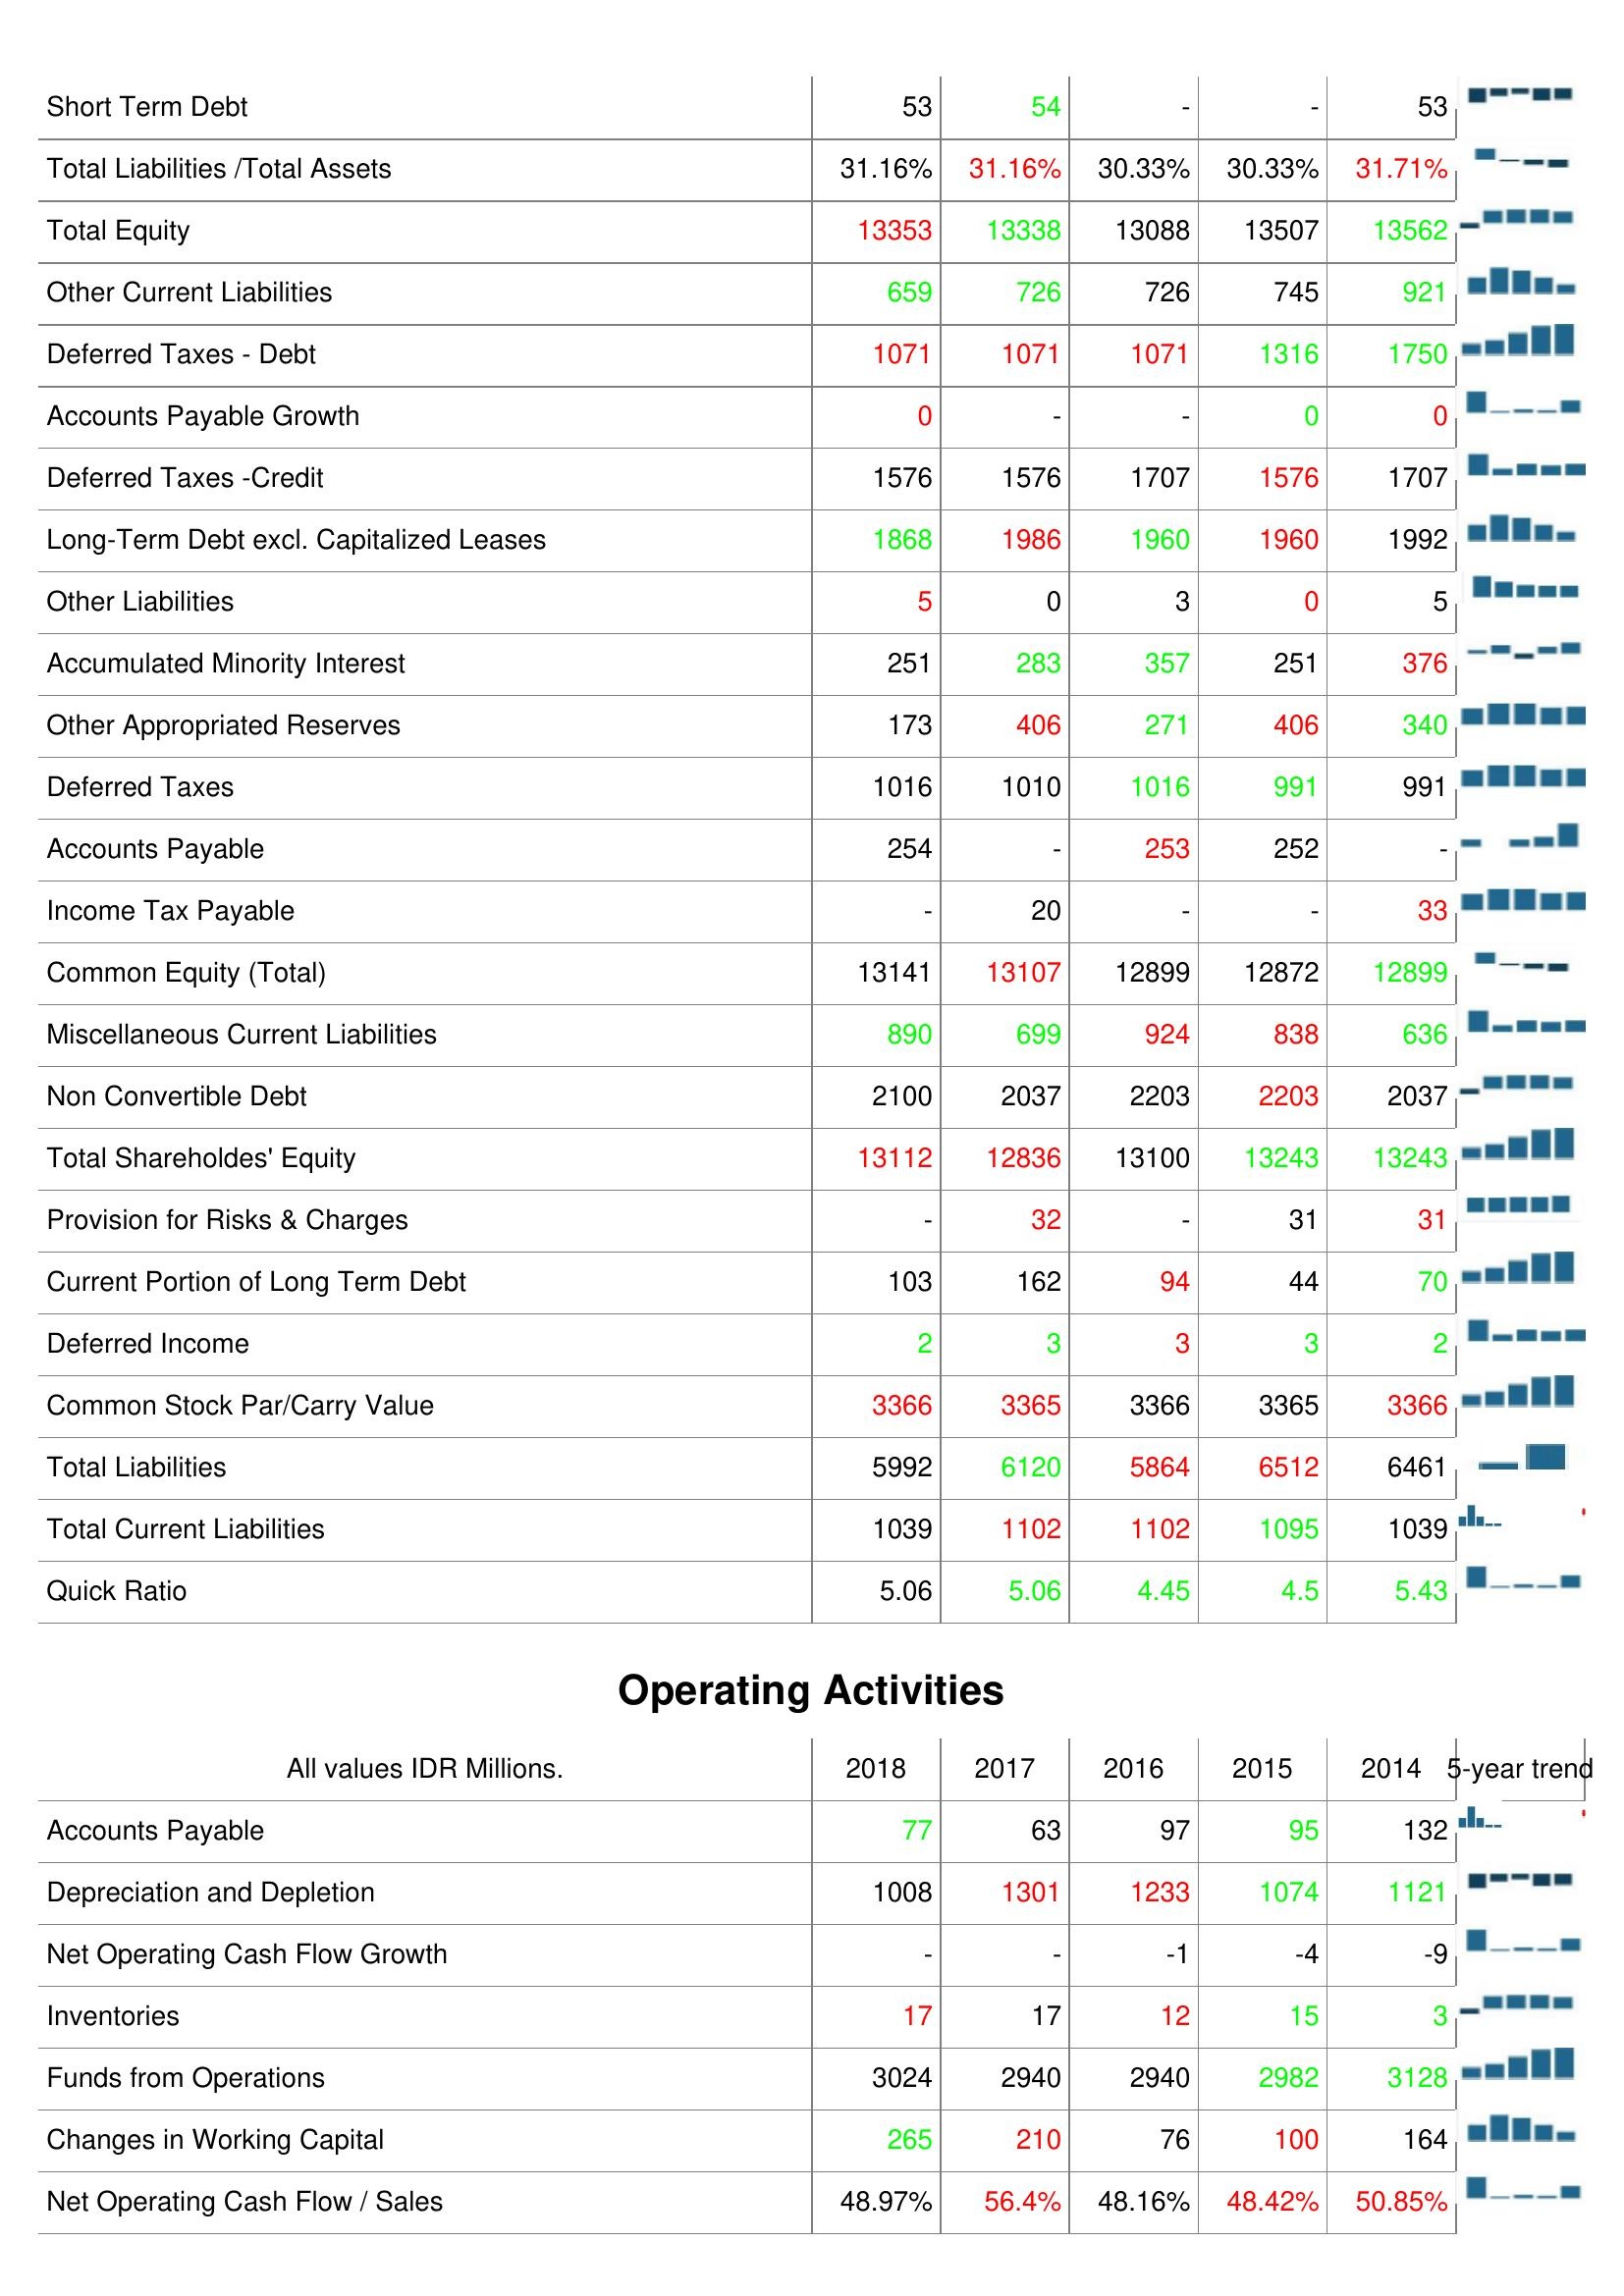
2018: Liabilities & Shareholder's Equity: Short Term Debt: 53
Total Liabilities /Total Assets: 31.16%
Total Equity: 13353
Other Current Liabilities: 659
Deferred Taxes - Debt: 1071
Accounts Payable Growth: 0
Deferred Taxes -Credit: 1576
Long-Term Debt excl. Capitalized Leases: 1868
Other Liabilities: 5
Accumulated Minority Interest: 251
Other Appropriated Reserves: 173
Deferred Taxes: 1016
Accounts Payable: 254
Income Tax Payable: -
Common Equity (Total): 13141
Miscellaneous Current Liabilities: 890
Non Convertible Debt: 2100
Total Shareholdes' Equity: 13112
Provision for Risks & Charges: -
Current Portion of Long Term Debt: 103
Deferred Income: 2
Common Stock Par/Carry Value: 3366
Total Liabilities: 5992
Total Current Liabilities: 1039
Quick Ratio: 5.06
Operating Activities: Accounts Payable: 77
Depreciation and Depletion: 1008
Net Operating Cash Flow Growth: -
Inventories: 17
Funds from Operations: 3024
Changes in Working Capital: 265
Net Operating Cash Flow / Sales: 48.97%
2017: Liabilities & Shareholder's Equity: Short Term Debt: 54
Total Liabilities /Total Assets: 31.16%
Total Equity: 13338
Other Current Liabilities: 726
Deferred Taxes - Debt: 1071
Accounts Payable Growth: -
Deferred Taxes -Credit: 1576
Long-Term Debt excl. Capitalized Leases: 1986
Other Liabilities: 0
Accumulated Minority Interest: 283
Other Appropriated Reserves: 406
Deferred Taxes: 1010
Accounts Payable: -
Income Tax Payable: 20
Common Equity (Total): 13107
Miscellaneous Current Liabilities: 699
Non Convertible Debt: 2037
Total Shareholdes' Equity: 12836
Provision for Risks & Charges: 32
Current Portion of Long Term Debt: 162
Deferred Income: 3
Common Stock Par/Carry Value: 3365
Total Liabilities: 6120
Total Current Liabilities: 1102
Quick Ratio: 5.06
Operating Activities: Accounts Payable: 63
Depreciation and Depletion: 1301
Net Operating Cash Flow Growth: -
Inventories: 17
Funds from Operations: 2940
Changes in Working Capital: 210
Net Operating Cash Flow / Sales: 56.4%
2016: Liabilities & Shareholder's Equity: Short Term Debt: -
Total Liabilities /Total Assets: 30.33%
Total Equity: 13088
Other Current Liabilities: 726
Deferred Taxes - Debt: 1071
Accounts Payable Growth: -
Deferred Taxes -Credit: 1707
Long-Term Debt excl. Capitalized Leases: 1960
Other Liabilities: 3
Accumulated Minority Interest: 357
Other Appropriated Reserves: 271
Deferred Taxes: 1016
Accounts Payable: 253
Income Tax Payable: -
Common Equity (Total): 12899
Miscellaneous Current Liabilities: 924
Non Convertible Debt: 2203
Total Shareholdes' Equity: 13100
Provision for Risks & Charges: -
Current Portion of Long Term Debt: 94
Deferred Income: 3
Common Stock Par/Carry Value: 3366
Total Liabilities: 5864
Total Current Liabilities: 1102
Quick Ratio: 4.45
Operating Activities: Accounts Payable: 97
Depreciation and Depletion: 1233
Net Operating Cash Flow Growth: -1
Inventories: 12
Funds from Operations: 2940
Changes in Working Capital: 76
Net Operating Cash Flow / Sales: 48.16%
2015: Liabilities & Shareholder's Equity: Short Term Debt: -
Total Liabilities /Total Assets: 30.33%
Total Equity: 13507
Other Current Liabilities: 745
Deferred Taxes - Debt: 1316
Accounts Payable Growth: 0
Deferred Taxes -Credit: 1576
Long-Term Debt excl. Capitalized Leases: 1960
Other Liabilities: 0
Accumulated Minority Interest: 251
Other Appropriated Reserves: 406
Deferred Taxes: 991
Accounts Payable: 252
Income Tax Payable: -
Common Equity (Total): 12872
Miscellaneous Current Liabilities: 838
Non Convertible Debt: 2203
Total Shareholdes' Equity: 13243
Provision for Risks & Charges: 31
Current Portion of Long Term Debt: 44
Deferred Income: 3
Common Stock Par/Carry Value: 3365
Total Liabilities: 6512
Total Current Liabilities: 1095
Quick Ratio: 4.5
Operating Activities: Accounts Payable: 95
Depreciation and Depletion: 1074
Net Operating Cash Flow Growth: -4
Inventories: 15
Funds from Operations: 2982
Changes in Working Capital: 100
Net Operating Cash Flow / Sales: 48.42%
2014: Liabilities & Shareholder's Equity: Short Term Debt: 53
Total Liabilities /Total Assets: 31.71%
Total Equity: 13562
Other Current Liabilities: 921
Deferred Taxes - Debt: 1750
Accounts Payable Growth: 0
Deferred Taxes -Credit: 1707
Long-Term Debt excl. Capitalized Leases: 1992
Other Liabilities: 5
Accumulated Minority Interest: 376
Other Appropriated Reserves: 340
Deferred Taxes: 991
Accounts Payable: -
Income Tax Payable: 33
Common Equity (Total): 12899
Miscellaneous Current Liabilities: 636
Non Convertible Debt: 2037
Total Shareholdes' Equity: 13243
Provision for Risks & Charges: 31
Current Portion of Long Term Debt: 70
Deferred Income: 2
Common Stock Par/Carry Value: 3366
Total Liabilities: 6461
Total Current Liabilities: 1039
Quick Ratio: 5.43
Operating Activities: Accounts Payable: 132
Depreciation and Depletion: 1121
Net Operating Cash Flow Growth: -9
Inventories: 3
Funds from Operations: 3128
Changes in Working Capital: 164
Net Operating Cash Flow / Sales: 50.85%